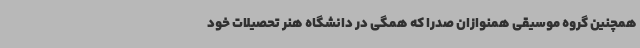
همچنین گروه موسیقی همنوازان صدرا که همگی در دانشگاه هنر تحصیلات خود